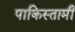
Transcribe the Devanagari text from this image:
पाकिस्तामी